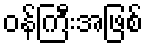
ဝန်ကြီးအဖြစ်